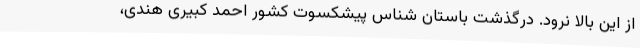
از این بالا نرود. درگذشت باستان‌ شناس پیشکسوت کشور احمد کبیری هندی،